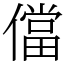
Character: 儅